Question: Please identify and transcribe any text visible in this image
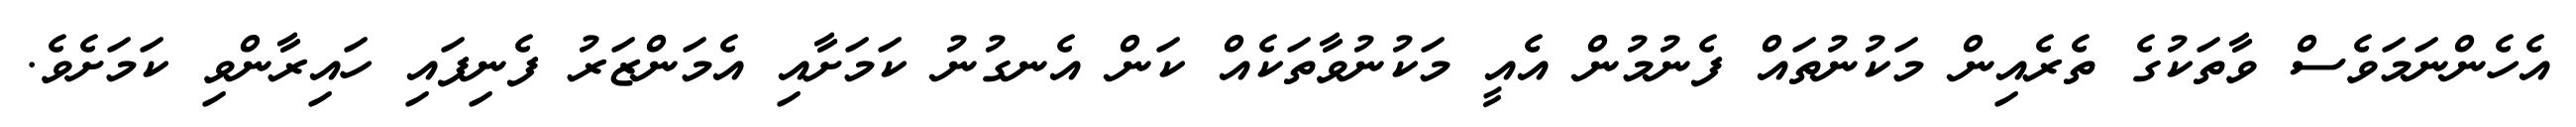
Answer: އެހެންނަމަވެސް ވާތަކުގެ ތެރެއިން މަކުނުތައް ފެނުމުން އެއީ މަކުނުވާތަކެއް ކަން އެނގުނު ކަމަށާއި އެމަންޒަރު ފެނިފައި ހައިރާންވި ކަމަށެވެ.